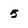
Character: 5